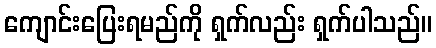
ကျောင်းပြေးရမည်ကို ရှက်လည်း ရှက်ပါသည်။